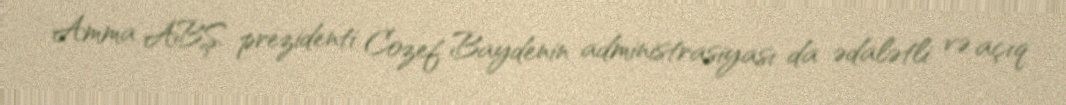
Amma ABŞ prezidenti Cozef Baydenin administrasiyası da ədalətli və açıq